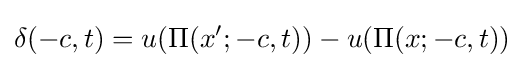
\delta (-c,t)=u(\Pi (x';-c,t))-u(\Pi (x;-c,t))